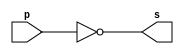
// ------------------------- 
// Exemplo0002 - NOT 
// Nome: Ana Cristina Pereira Teixeira 
// ------------------------- 

// ------------------------- 
// -- not gate 
// ------------------------- 
module notgate (output s, input p); 
	assign s = ~p;
endmodule // notgate

// ------------------------- 
// -- test not gate 
// ------------------------- 
module testnotgate; 
// ------------------------- dados locais 
	reg a; // definir registrador 
	// (variavel independente) 
	wire s; // definir conexao (fio) 
	// (variavel dependente ) 
// ------------------------- instancia 
	notgate NOT1 (s, a); 
// ------------------------- preparacao 
	initial begin:start 
		a = 0; // valor inicial 
	end
// ------------------------- parte principal 
	initial begin 
		$display("Exemplo0002 - Ana Cristina Pereira Teixeira - 427385");
		$display("Test NOT gate"); 
		$display("\n~a = s\n"); 
		a = 0;
		// mudar uma unidade de tempo e registrador = 1
		#1 $display("~%b = %b", a, s);
		a = 1;
		// mudar uma unidade de tempo e encerrar 
		#1 $display("~%b = %b", a, s); 
	end 
endmodule // testnotgate